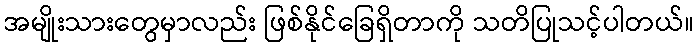
အမျိုးသားတွေမှာလည်း ဖြစ်နိုင်ခြေရှိတာကို သတိပြုသင့်ပါတယ်။